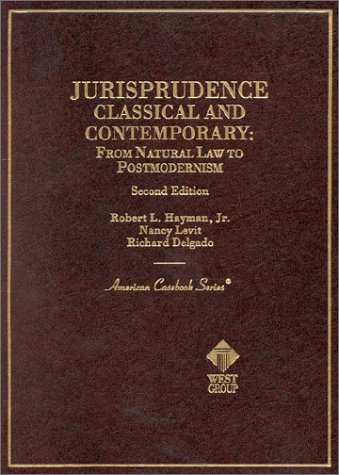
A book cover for Hayman, Levit, and Delgado's Jurisprudence, Classical and Contemporary: From Natural Law to Postmodernism, 2d (American Casebook Series) (English and English Edition); Robert Hayman Jr; Law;